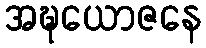
အဍ္ဎယောဇနေ